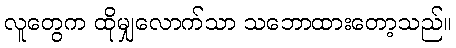
လူတွေက ထိုမျှလောက်သာ သဘောထားတော့သည်။